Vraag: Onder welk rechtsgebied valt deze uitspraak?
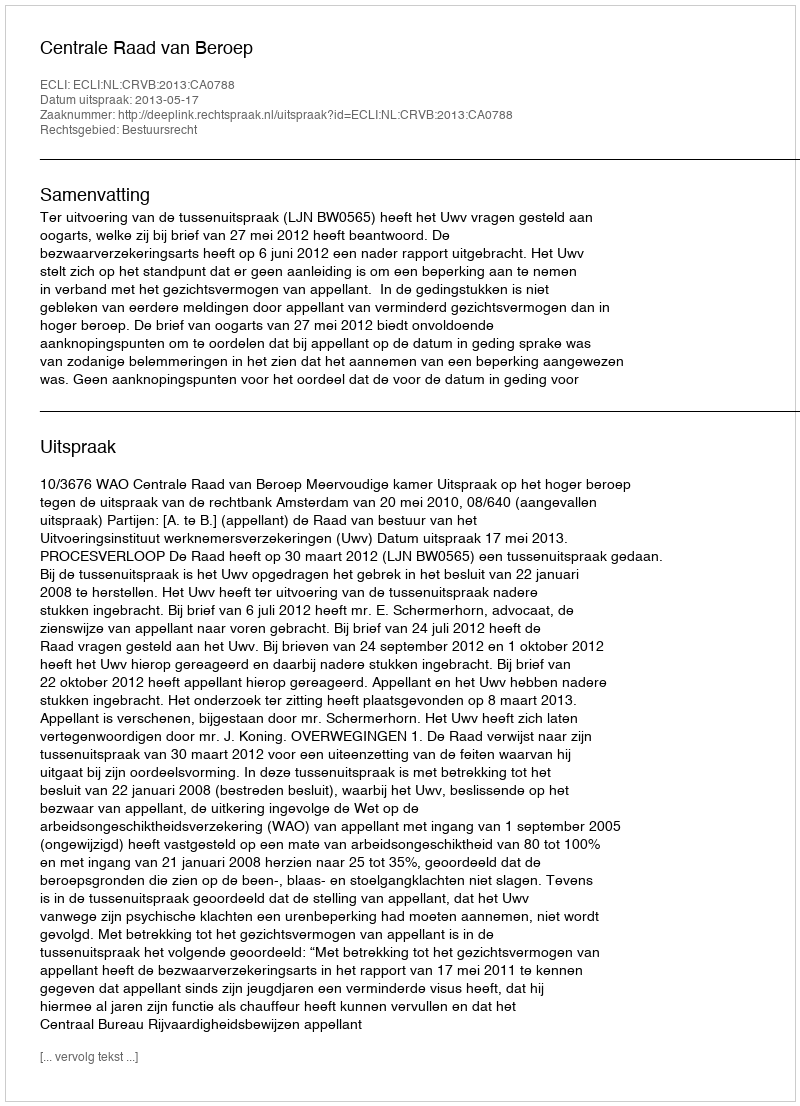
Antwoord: Bestuursrecht